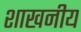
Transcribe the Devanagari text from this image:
शाखनीय